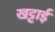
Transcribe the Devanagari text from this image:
खट्टाई